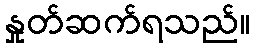
နှုတ်ဆက်ရသည်။